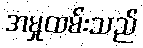
အမှုထမ်းသည်